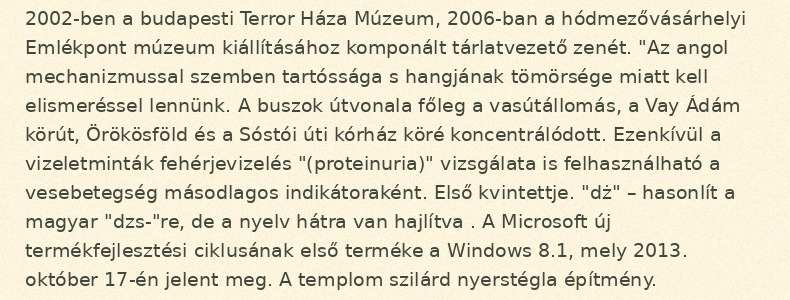
2002-ben a budapesti Terror Háza Múzeum, 2006-ban a hódmezővásárhelyi Emlékpont múzeum kiállításához komponált tárlatvezető zenét. "Az angol mechanizmussal szemben tartóssága s hangjának tömörsége miatt kell elismeréssel lennünk. A buszok útvonala főleg a vasútállomás, a Vay Ádám körút, Örökösföld és a Sóstói úti kórház köré koncentrálódott. Ezenkívül a vizeletminták fehérjevizelés "(proteinuria)" vizsgálata is felhasználható a vesebetegség másodlagos indikátoraként. Első kvintettje. "dż" – hasonlít a magyar "dzs-"re, de a nyelv hátra van hajlítva . A Microsoft új termékfejlesztési ciklusának első terméke a Windows 8.1, mely 2013. október 17-én jelent meg. A templom szilárd nyerstégla építmény.